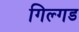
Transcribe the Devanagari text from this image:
गिल्गड